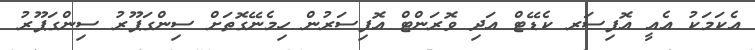
އެކަމަކު އެއީ އޮފިސަރ ކެޑޭޓް އަދި ވޮރަންޓް އޮފިސަރުން ހިމެނޭގޮތަށް ސިންގަޕޫރު ސިންގަޕޫރު